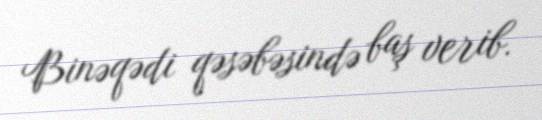
Binəqədi qəsəbəsində baş verib.